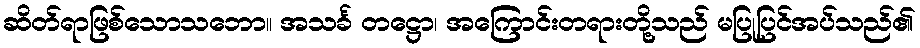
ဆိတ်ရာဖြစ်သောသဘော။ အသင်္ခ တဋ္ဌော၊ အကြောင်းတရားတို့သည် မပြုပြင်အပ်သည်၏